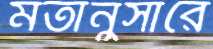
মতানুসারে